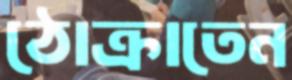
ঠোক্‌রাতেন